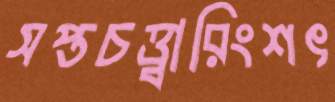
সপ্তচত্ত্বারিংশৎ